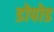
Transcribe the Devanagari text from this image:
डोपोड